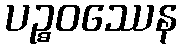
ပဉ္စဝဿေန